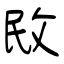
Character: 敃